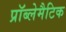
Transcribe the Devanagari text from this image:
प्रॉब्लेमैटिक